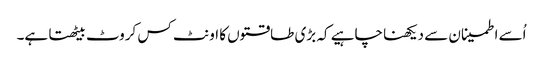
اُسے اطمینان سے دیکھنا چاہیے کہ بڑی طاقتوں کا اونٹ کس کروٹ بیٹھتا ہے۔